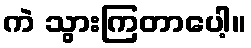
ကဲ သွားကြတာပေါ့။